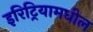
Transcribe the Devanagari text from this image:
इरिट्रियामधील